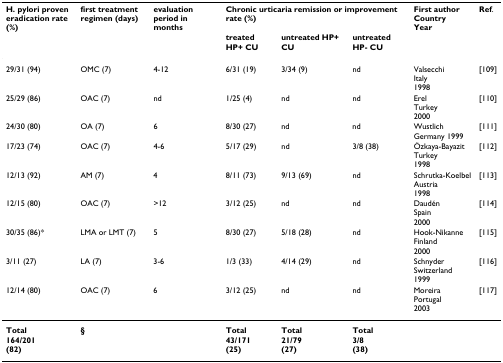
| H. pylori proven eradication rate (%) | first treatment regimen (days) | evaluation period in months | <COLSPAN=3> Chronic urticaria remission or improvement rate (%) | First authorCountryYear | Ref. |
 |  |  |  | treatedHP+ CU | untreated HP+ CU | untreatedHP- CU |  |  |
 | --- | --- | --- | --- | --- | --- | --- | --- |
 | 29/31 (94) | OMC (7) | 4-12 | 6/31 (19) | 3/34 (9) | nd | ValsecchiItaly1998 | [109] |
 | 25/29 (86) | OAC (7) | nd | 1/25 (4) | nd | nd | ErelTurkey2000 | [110] |
 | 24/30 (80) | OA (7) | 6 | 8/30 (27) | nd | nd | WustlichGermany 1999 | [111] |
 | 17/23 (74) | OAC (7) | 4-6 | 5/17 (29) | nd | 3/8 (38) | Özkaya-BayazitTurkey1998 | [112] |
 | 12/13 (92) | AM (7) | 4 | 8/11 (73) | 9/13 (69) | nd | Schrutka-KoelbelAustria1998 | [113] |
 | 12/15 (80) | OAC (7) | >12 | 3/12 (25) | nd | nd | DaudénSpain2000 | [114] |
 | 30/35 (86)* | LMA or LMT (7) | 5 | 8/30 (27) | 5/18 (28) | nd | Hook-NikanneFinland2000 | [115] |
 | 3/11 (27) | LA (7) | 3-6 | 1/3 (33) | 4/14 (29) | nd | SchnyderSwitzerland1999 | [116] |
 | 12/14 (80) | OAC (7) | 6 | 3/12 (25) | nd | nd | MoreiraPortugal2003 | [117] |
 | Total164/201(82) | § |  | Total43/171(25) | Total21/79(27) | Total3/8(38) |  |  |